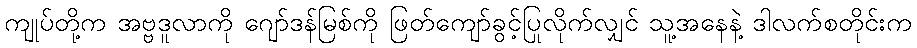
ကျုပ်တို့က အဗ္ဗဒူလာကို ဂျော်ဒန်မြစ်ကို ဖြတ်ကျော်ခွင့်ပြုလိုက်လျှင် သူ့အနေနဲ့ ဒါလက်စတိုင်းက